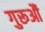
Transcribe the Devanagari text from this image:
गुरूऔं